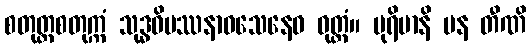
စတုတ္ထစတုက္ကံ သုဒ္ဓဝိပဿနာဝသေနေဝ ဝုတ္တံ။ ပုရိမာနိ ပန တီဏိ